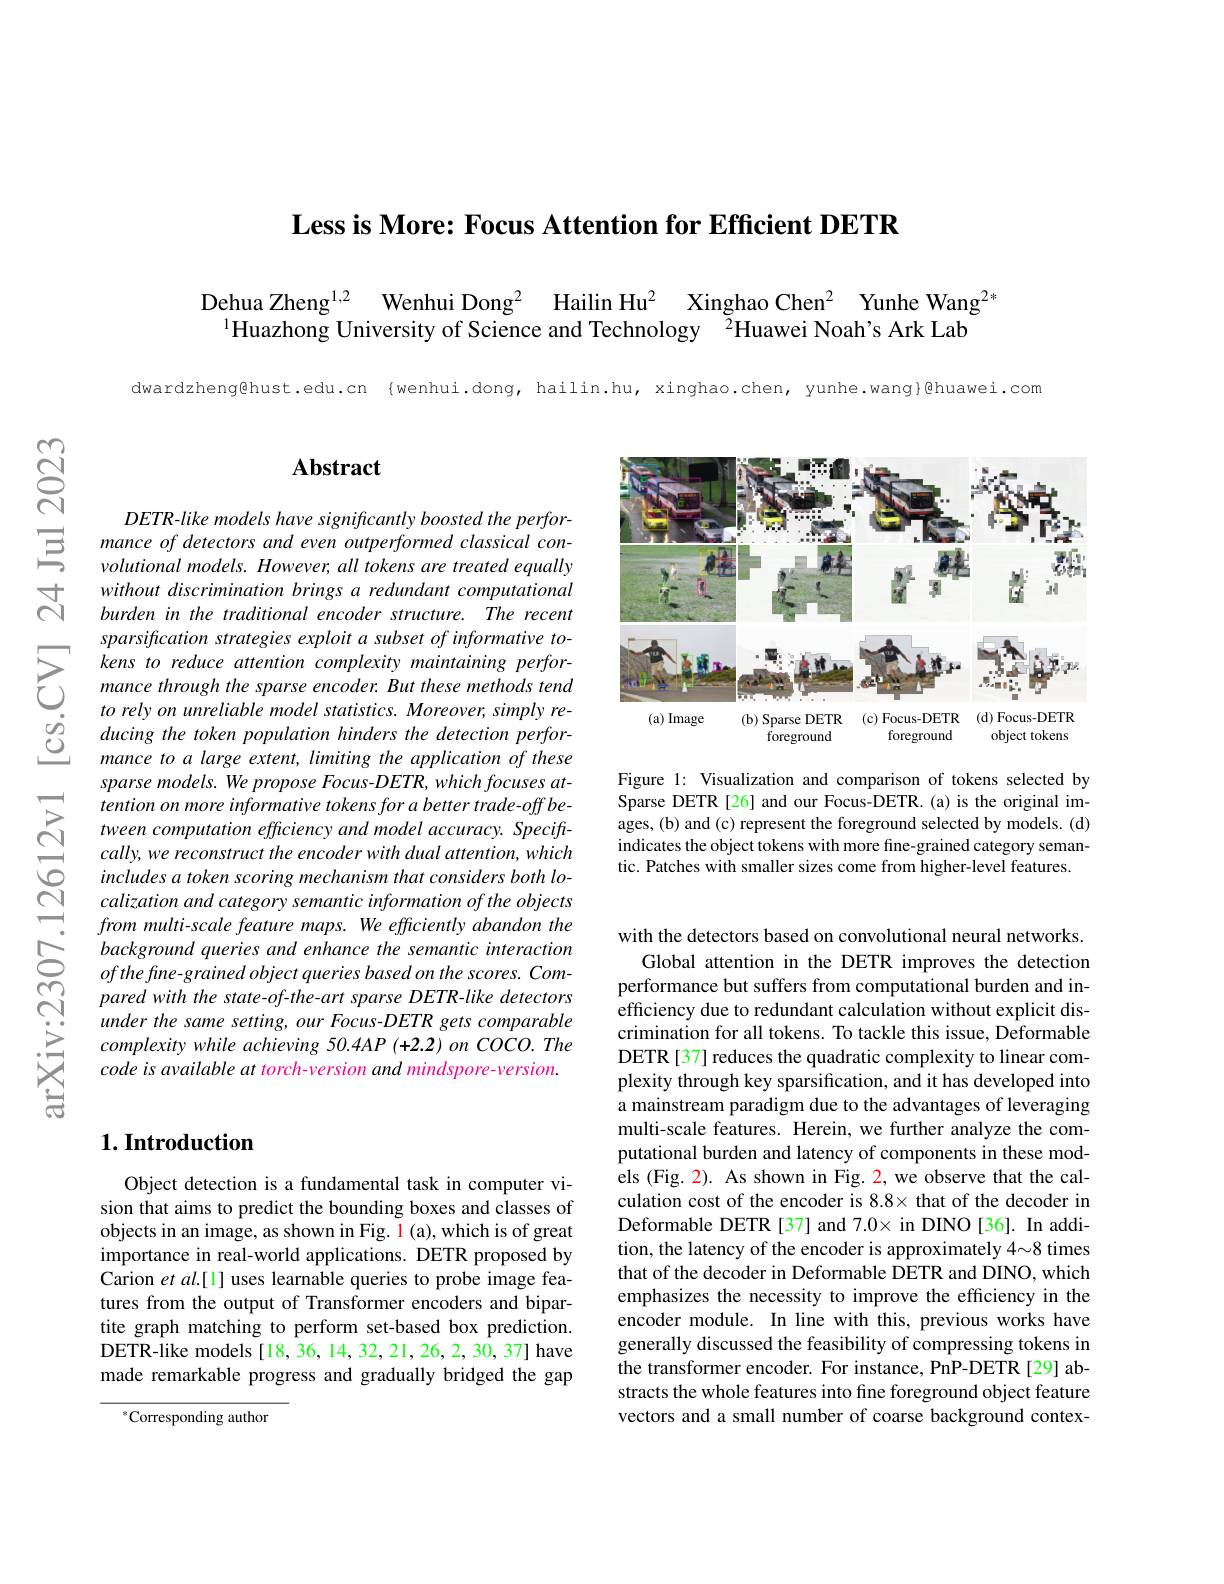
Less is More: Focus Attention for Efficient DETR

Dehua Zheng$^{1, 2}$ Wenhui D
$^{1}$Huazhong University of

dwardzheng@hust.edu.cn {wenh

## $\mathbf{Abstract}$

DETR-like models have signif mance of detectors and even volutional models. However, without discrimination bring burden in the traditional en
$\sum_{\begin{aligned}&\text{sparsification strate}\end{aligned}}$ to rely on unrellable moael stattstics. Moreover, simply re- ducing the token population hinders the detection perfor- mance to a larae ertent limitina the ann
mance to a large extent, lim sparse models. We propose Fo tention on more informative tween computation efficiency and model accuracy. Speciftcally, we reconstruct the en includes a token scoring mechanism that considers both localization and category sema from multi-scale feature maps. We efficiently abandon the background queries and enhance the semantic interaction $ofthefine-grainedobjectqueriesbasedonthescores.Com-$ pared with the state-of-the-art sparse DETR-like detectors under the same setting, our Focus-DETR gets comparable $complexitywhileachieving50.4AP(+2.2)onCOCO.The$ $codeisavailableattorch-versionandmindspore-version.$

## $1. \textbf{Introduction}$

Object detection is a fundamental task in computer vision that aims to predict the bounding boxes and classes of objects in an image, as shown in Fig. l (a), which is of great importance in real-world applications. DETR proposed by Carion $etal.[1]$ uses learnable queries to probe image features from the output of Transformer encoders and bipartite graph matching to perform set-based box prediction. DETR-like models[18,36,14,32,21,26,2,30,37] have made remarkable progress and gradually bridged the gap

$^{*}$Corresponding author

<FigureHere>

Figure 1: Visualization and comparison of tokens selected by Sparse DETR [26] and our Focus-DETR.(a) is the original images, (b) and (c) represent the foreground selected by models. (d) indicates the object tokens with more fine-grained category semantic. Patches with smaller sizes come from higher-level features.

with the detectors based on convolutional neural networks.
Global attention in the DETR improves the detection performance but suffers from computational burden and inefficiency due to redundant calculation without explicit discrimination for all tokens. To tackle this issue, Deformable DETR [37] reduces the quadratic complexity to linear complexity through key sparsification, and it has developed into a mainstream paradigm due to the advantages of leveraging multi-scale features. Herein, we further analyze the computational burden and latency of components in these models (Fig. 2). As shown in Fig. 2, we observe that the calculation cost of the encoder is 8.8× that of the decoder in Deformable DETR [37] and 7.0× in DINO [36]. In addition, the latency of the encoder is approximately 4~8 times that of the decoder in Deformable DETR and DINO, which emphasizes the necessity to improve the efficiency in the encoder module. In line with this, previous works have generally discussed the feasibility of compressing tokens in the transformer encoder. For instance, PnP-DETR [29] abstracts the whole features into fine foreground object feature vectors and a small number o